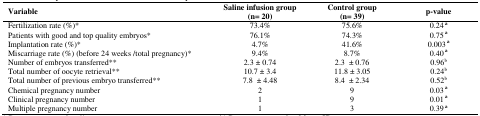
<table><thead><tr><td><b>Variable</b></td><td><b>Saline infusion group(n= 20)</b></td><td><b>Control group(n= 39)</b></td><td><b>p-value</b></td></tr></thead><tbody><tr><td>Fertilization rate (%)*</td><td>73.4%</td><td>75.6%</td><td>0.24 <sup>a</sup></td></tr><tr><td>Patients with good and top quality embryos *</td><td>76.1%</td><td>74.3%</td><td>0.75 <sup>a</sup></td></tr><tr><td>Implantation rate (%)*</td><td>4.7%</td><td>41.6%</td><td>0.003 <sup>a</sup></td></tr><tr><td>Miscarriage rate (%) (before 24 weeks /total pregnancy) *</td><td>9.4%</td><td>8.7%</td><td>0.40 <sup>a</sup></td></tr><tr><td>Number of embryos transferred**</td><td>2.3 ± 0.74</td><td>2.3 ± 0.76</td><td>0.96<sup>b</sup></td></tr><tr><td>Total number of oocyte retrieval **</td><td>10.7 ± 3.4</td><td>11.8 ± 3.05</td><td>0.24<sup>b</sup></td></tr><tr><td>Total number of previous embryo transferred **</td><td>7.8 ± 4.48</td><td>8.4 ± 2.34</td><td>0.52<sup>b</sup></td></tr><tr><td>Chemical pregnancy number </td><td>2</td><td>9</td><td>0.03 <sup>a</sup></td></tr><tr><td>Clinical pregnancy number</td><td>1</td><td>9</td><td>0.01 <sup>a</sup></td></tr><tr><td>Multiple pregnancy number </td><td>1</td><td>3</td><td>0.39 <sup>a</sup></td></tr></tbody></table>